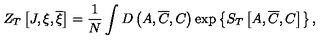
Z _ { T } \left[ J , \xi , \overline { { \xi } } \right] = \frac 1 N \int D \left( A , \overline { { C } } , C \right) \exp \left\{ S _ { T } \left[ A , \overline { { C } } , C \right] \right\} ,